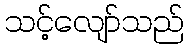
သင့်လျော်သည်